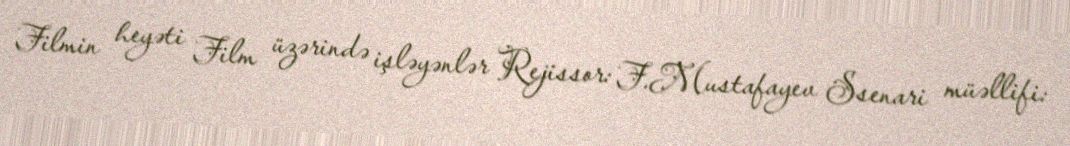
Filmin heyəti Film üzərində işləyənlər Rejissor: F.Mustafayev Ssenari müəllifi: